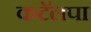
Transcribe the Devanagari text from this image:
कटॅलपा